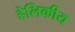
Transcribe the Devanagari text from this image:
हेलिकीय